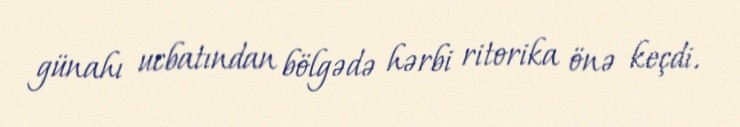
günahı ucbatından bölgədə hərbi ritorika önə keçdi.